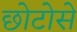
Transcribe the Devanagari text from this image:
छोटोसे